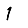
Digit: 1